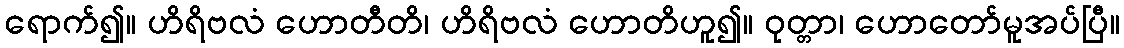
ရောက်၍။ ဟိရိဗလံ ဟောတီတိ၊ ဟိရိဗလံ ဟောတိဟူ၍။ ဝုတ္တာ၊ ဟောတော်မူအပ်ပြီ။